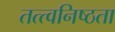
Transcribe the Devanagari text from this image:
तत्त्वनिष्ठता